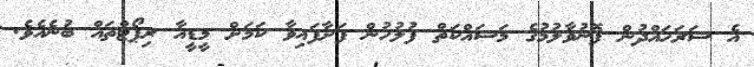
އެ ސަރަހައްދުން ފޮނުވާލުމުގެ މަސައްކަތް ފުލުހުން ފަށާފައިވާ ކަމަށް މީޑީއާ ރިޕޯޓްތައް ބުނެއެވެ.